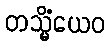
တသ္မိံယေဝ